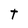
Character: t